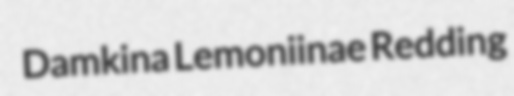
Damkina Lemoniinae Redding